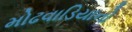
મોઢવાડિયાનો